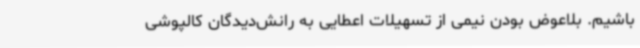
باشیم. بلاعوض بودن نیمی از تسهیلات اعطایی به رانش‌دیدگان کالپوشی